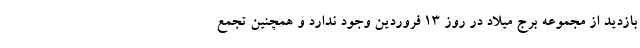
بازدید از مجموعه برج میلاد در روز ۱۳ فروردین وجود ندارد و همچنین تجمع